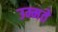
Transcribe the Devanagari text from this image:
उम्मते